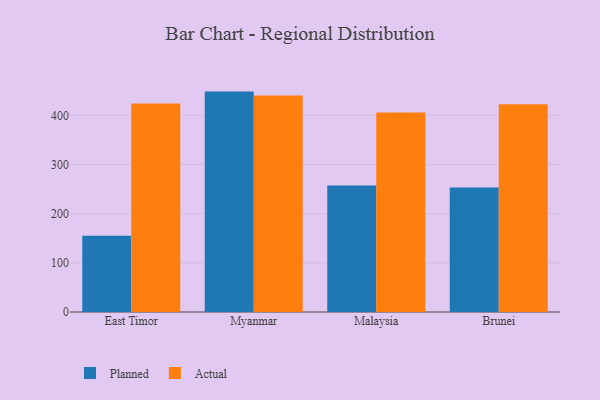
{"axis": {"x": "Country", "y": "Page Views"}, "legend": ["Actual", "Planned"], "data": [{"x": "East Timor", "y": 155.1, "type": "Planned"}, {"x": "East Timor", "y": 424.0, "type": "Actual"}, {"x": "Myanmar", "y": 448.4, "type": "Planned"}, {"x": "Myanmar", "y": 440.5, "type": "Actual"}, {"x": "Malaysia", "y": 257.3, "type": "Planned"}, {"x": "Malaysia", "y": 406.0, "type": "Actual"}, {"x": "Brunei", "y": 253.4, "type": "Planned"}, {"x": "Brunei", "y": 422.7, "type": "Actual"}]}